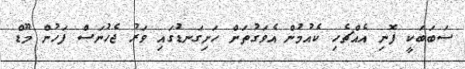
ސަބަބަކީ ފޮނި އެއްޗެހި ކެއުމުން އެވަގުތަށް ހަށިގަނޑުގައި ވަރު ޖެހުނަސް ފަހުން މޫޑް